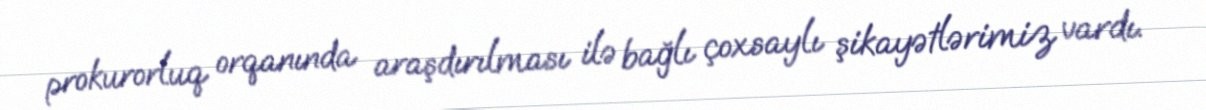
prokurorluq orqanında araşdırılması ilə bağlı çoxsaylı şikayətlərimiz vardı.